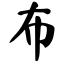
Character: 布